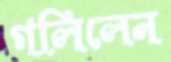
গলিলেন